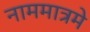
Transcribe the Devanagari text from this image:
नाममात्रमे